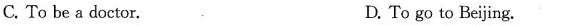
C. To be a doctor. D. To go to Beijing.